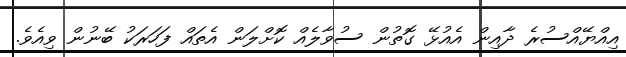
އިއްޔޭއްސުރެ ދާއިން އެއުޅޭ ގޮތުން ސުވާލެއް ކޮށްލަން އެތައް ފަހަރަކު ބޭނުން ވިއެވެ.